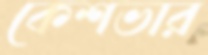
কেশভার